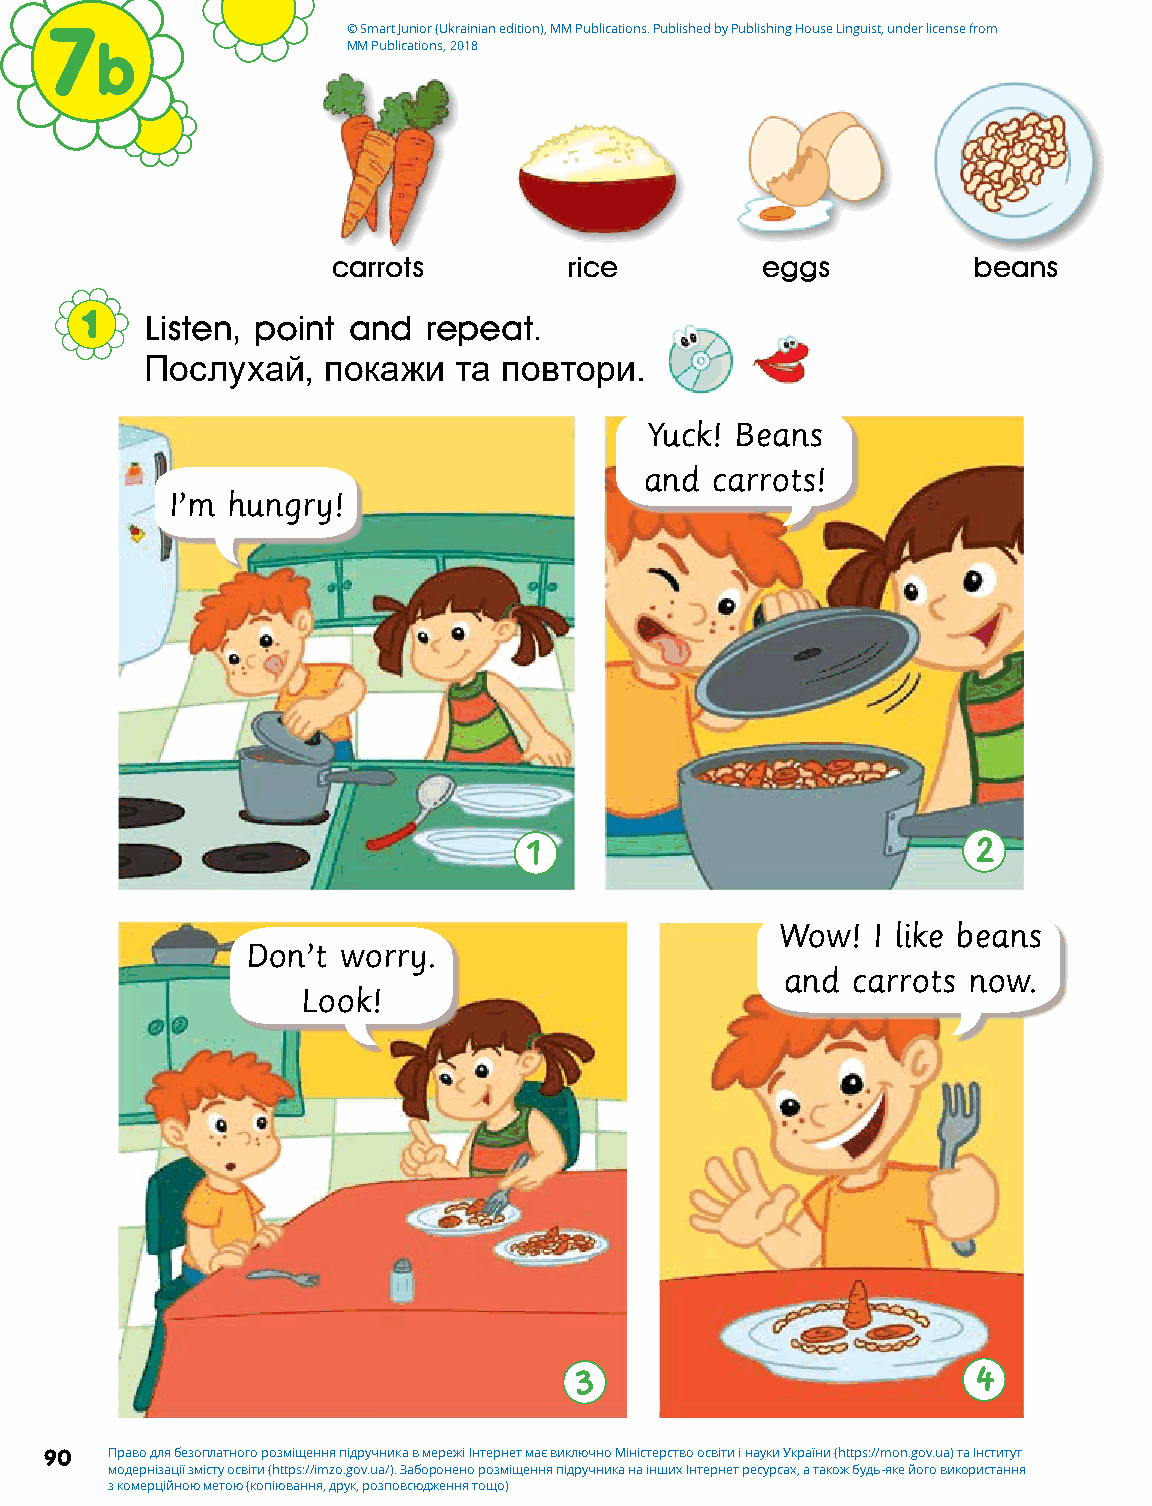
7                   © Smart Junior (Ukrainian edition), MM Publications. Published by Publishing House Linguist, under license from
 b                MM Publications, 2018
 carrots         rice        eggs          beans
 1    Listen, point and repeat.
 Послухай,   покажи  та повтори.
 Yuck! Beans
 and carrots!
 I’m hungry!
 1                             2
 Wow!  I like beans
 Don’t worry.
 and carrots now.
 Look!
 3                          4
 90  Право для безоплатного розміщення підручника в мережі Інтернет має виключно Міністерство освіти і науки України (https://mon.gov.ua) та Інститут
 модернізації змісту освіти (https://imzo.gov.ua/). Заборонено розміщення підручника на інших Інтернет ресурсах, а також будь-яке його використання
 з комерційною метою (копіювання, друк, розповсюдження тощо)